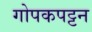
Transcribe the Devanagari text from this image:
गोपकपट्टन